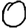
Digit: 0